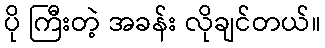
ပို ကြီးတဲ့ အခန်း လိုချင်တယ်။